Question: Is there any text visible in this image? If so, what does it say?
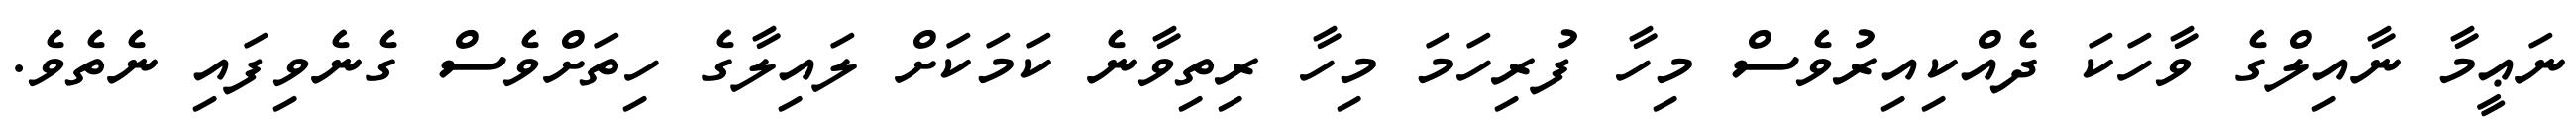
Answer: ނަޢީމާ ނާއިލްގެ ވާހަކަ ދެއްކިއިރުވެސް މިހާ ފުރިހަމަ މިހާ ރިތިވާނެ ކަމަކަށް ލައިލާގެ ހިތަށްވެސް ގެނެވިފައި ނެތެވެ.